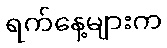
ရက်နေ့များက